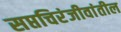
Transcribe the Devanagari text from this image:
सप्तचिरंजीवांतील